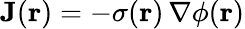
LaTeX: \mathbf{J}(\mathbf{r})=-\sigma(\mathbf{r})\, \mathbf{\nabla}\phi(\mathbf{r})